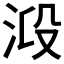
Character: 𣴂